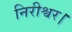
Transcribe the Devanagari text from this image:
निरीश्वर।